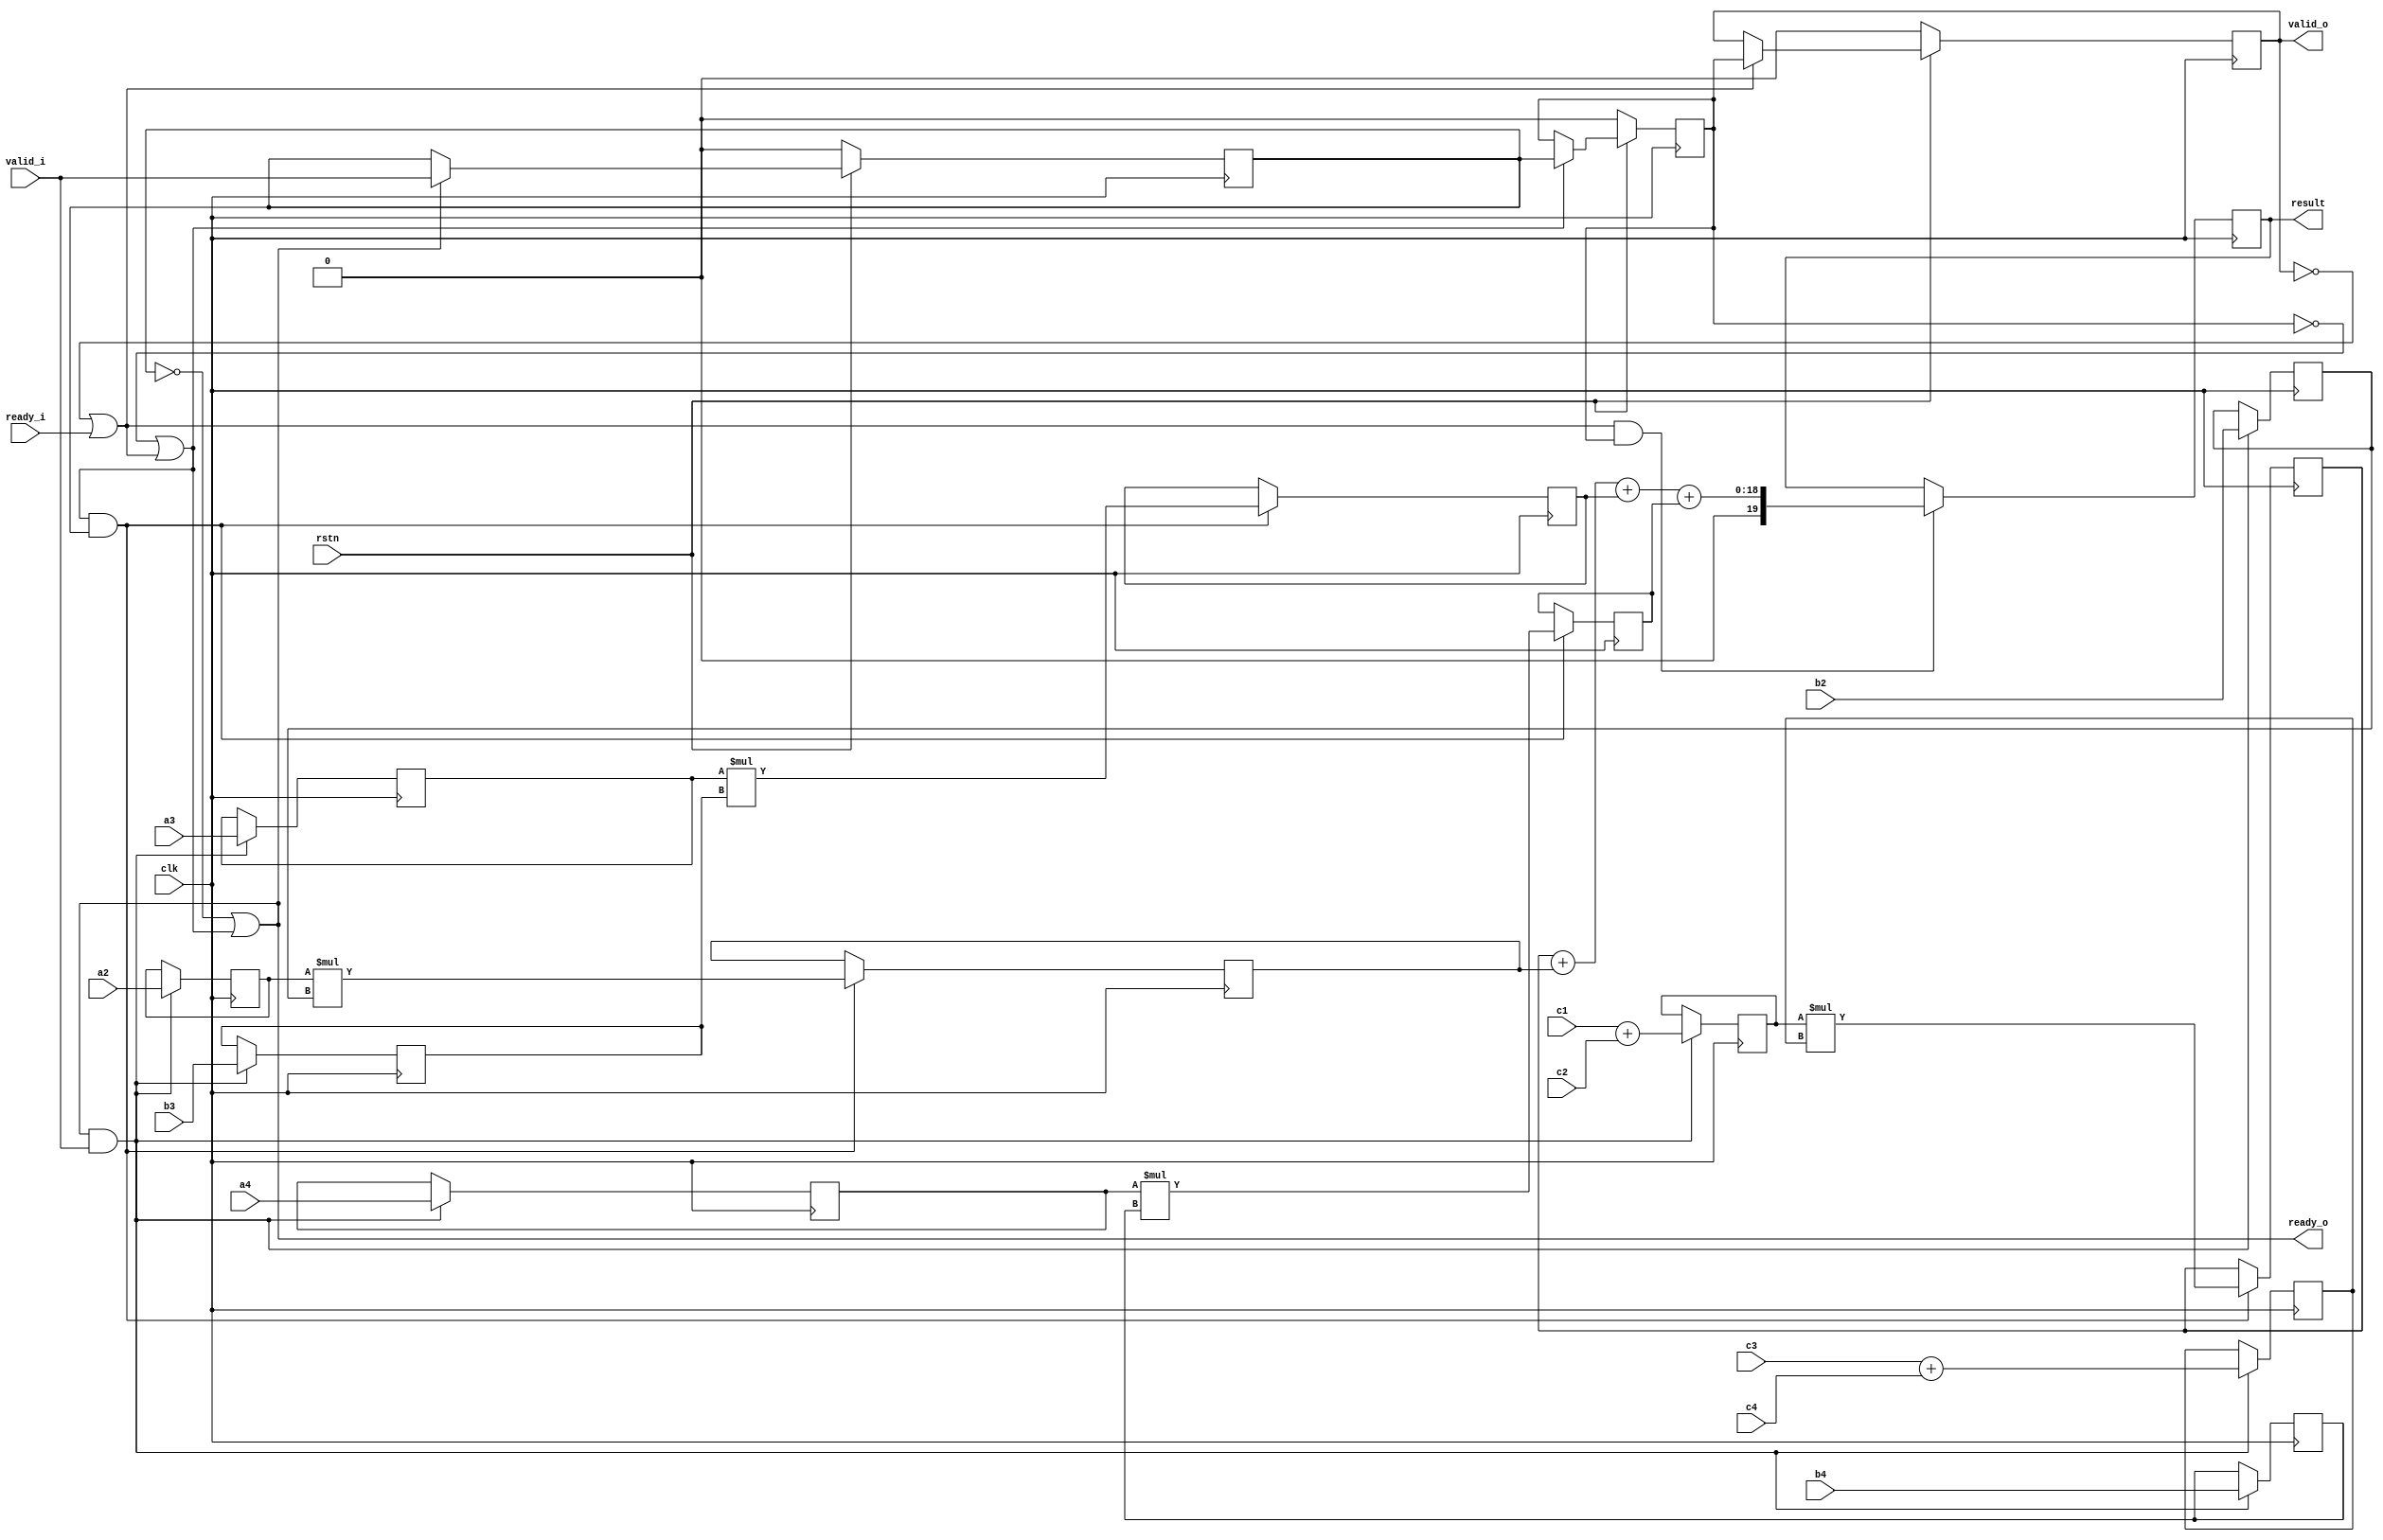
module pipeline_handshake(
  input                 clk                     ,
  input                 rstn                    ,
  input         [7:0]   a2,a3,a4,b2,b3,b4       ,
  input         [7:0]   c1,c2,c3,c4             ,
  output  reg   [19:0]  result                  ,

  input                 ready_i                 ,
  input                 valid_i                 ,
  output                ready_o                 ,
  output                valid_o                 
);

wire ready_r1,ready_r2;
reg valid_r1,valid_r2,valid_r3;
reg [7:0] a1,b1;
reg [7:0] a2_r1,a3_r1,a4_r1,b2_r1,b3_r1,b4_r1;

reg [15:0] temp1,temp2,temp3,temp4;

//pipeline stage 1
assign ready_o = ~valid_r1 || ready_r1;
always @(posedge clk)begin
  if(!rstn)begin
    valid_r1 <= 1'b0;
  end
  else if(ready_o)begin    //valid
    valid_r1 <= valid_i;
  end
end

always @(posedge clk)begin
  if(ready_o && valid_i)begin //ready_valid
    a1 <= c1 + c2;
    b1 <= c3 + c4;
    a2_r1 <= a2; a3_r1 <= a3; a4_r1 <= a4; //
    b2_r1 <= b2; b3_r1 <= b3; b4_r1 <= b4;
  end
end


//pipeline stage 2
assign ready_r1 = ~valid_r2 || ready_r2;
always @(posedge clk)begin
  if(!rstn)begin
    valid_r2 <= 1'b0;
  end
  else if(ready_r1)begin   //valid
    valid_r2 <= valid_r1;
  end
end
always @(posedge clk)begin
  if(ready_r1 && valid_r1)begin
    temp1 <= a1    * b1;
    temp2 <= a2_r1 * b2_r1;
    temp3 <= a3_r1 * b3_r1;
    temp4 <= a4_r1 * b4_r1;
  end
end

//pipeline stage 3
assign ready_r2 = ~valid_r3 || ready_i;
always @(posedge clk)begin
  if(!rstn)begin
    valid_r3 <= 1'b0;
  end
  else if(ready_r2)begin
    valid_r3 <= valid_r2;
  end
end

always @(posedge clk)begin
  if(ready_r2 && valid_r2)begin
    result <= temp1 + temp2 + temp3 + temp4;
  end
end

assign valid_o = valid_r3;

endmodule